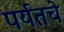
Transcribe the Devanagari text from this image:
पर्यतचे